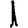
Digit: 1